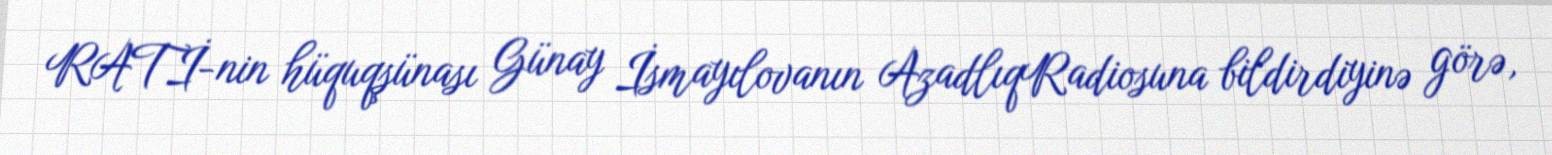
RATİ-nin hüquqşünası Günay İsmayılovanın AzadlıqRadiosuna bildirdiyinə görə,